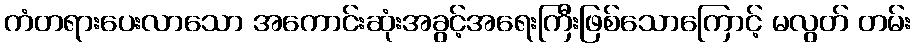
ကံတရားပေးလာသော အကောင်းဆုံးအခွင့်အရေးကြီးဖြစ်သောကြောင့် မလွတ် တမ်း